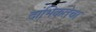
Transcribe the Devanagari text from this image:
दांभिकतेचा